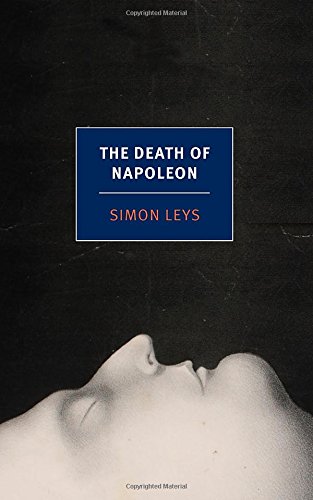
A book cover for The Death of Napoleon (New York Review Books Classics); Simon Leys; Science Fiction & Fantasy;